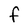
Character: F